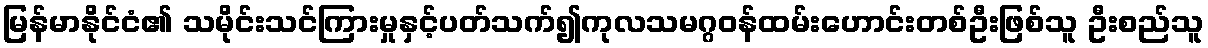
မြန်မာနိုင်ငံ၏ သမိုင်းသင်ကြားမှုနှင့်ပတ်သက်၍ကုလသမဂ္ဂဝန်ထမ်းဟောင်းတစ်ဦးဖြစ်သူ ဦးစည်သူ